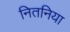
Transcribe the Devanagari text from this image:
नितनिया